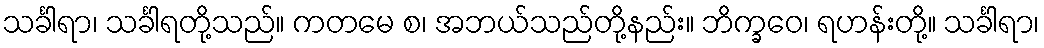
သင်္ခါရာ၊ သင်္ခါရတို့သည်။ ကတမေ စ၊ အဘယ်သည်တို့နည်း။ ဘိက္ခဝေ၊ ရဟန်းတို့။ သင်္ခါရာ၊